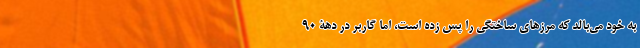
به خود می‌بالد که مرزهای ساختگی را پس زده است، اما گاربر در دهۀ ۹۰